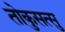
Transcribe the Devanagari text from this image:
तोकुसत्सु